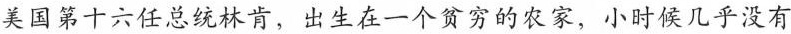
美国第十六任总统林肯，出生在一个贫穷的农家，小时候几乎没有